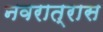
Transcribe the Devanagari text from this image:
नवरात्रास